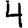
Digit: 4